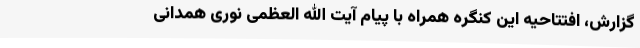
گزارش، افتتاحیه این کنگره همراه با پیام آیت الله العظمی نوری همدانی